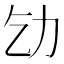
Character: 𠠶